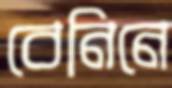
বেনিনে